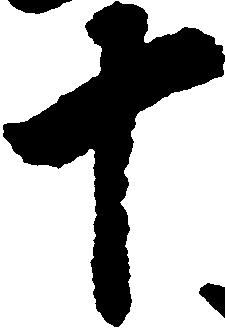
十